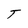
Character: T